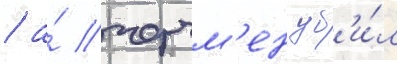
/ а́ черчм'ен уб'и́л